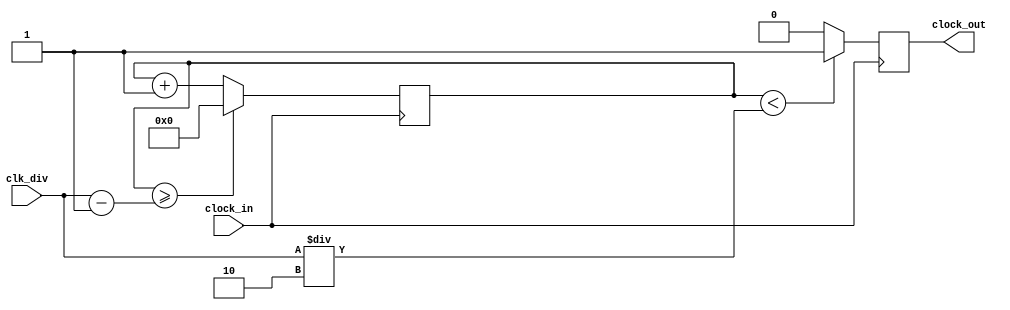
module Clock_divider (
    input wire clock_in,
    output reg clock_out,
    input integer clk_div
);
    reg [27:0] counter = 28'd0;

    always @(posedge clock_in) begin
        counter <= counter + 28'd1;
        if (counter >= (clk_div - 1)) counter <= 28'd0;
        clock_out <= (counter < clk_div / 2) ? 1'b1 : 1'b0;
    end
endmodule